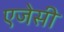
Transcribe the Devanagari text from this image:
एजेसी